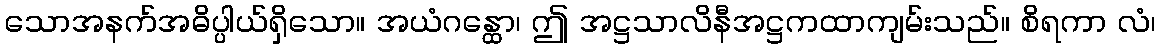
သောအနက်အဓိပ္ပါယ်ရှိသော။ အယံဂန္ထော၊ ဤ အဋ္ဌသာလိနီအဋ္ဌကထာကျမ်းသည်။ စိရကာ လံ၊